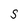
Character: S